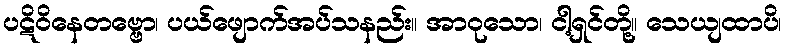
ပဋိဝိနေတဗ္ဗော၊ ပယ်ဖျောက်အပ်သနည်း။ အာဝုသော၊ ငါ့ရှင်တို့။ သေယျထာပိ၊